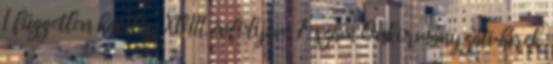
I független havilap XVIII. évfolyam 7. szám Önkormányzati hírek